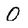
Character: 0